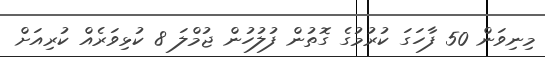
މިނިވަން 50 ފާހަގަ ކުރުމުގެ ގޮތުން ފުލުހުން ޖުމްލަ 8 ކުޅިވަރެއް ކުރިއަށް